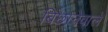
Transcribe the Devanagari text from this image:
बिछानेवाले